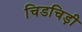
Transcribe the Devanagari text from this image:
चिडचिड़ी